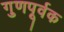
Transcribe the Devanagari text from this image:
गुणपूर्वक